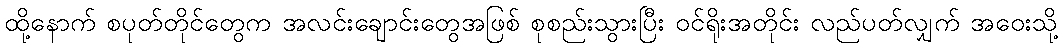
ထို့နောက် စပုတ်တိုင်တွေက အလင်းချောင်းတွေအဖြစ် စုစည်းသွားပြီး ဝင်ရိုးအတိုင်း လည်ပတ်လျှက် အဝေးသို့